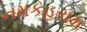
નમકહરામ